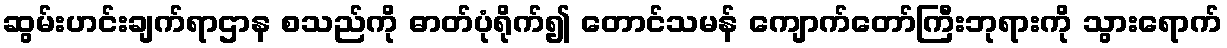
ဆွမ်းဟင်းချက်ရာဌာန စသည်ကို ဓာတ်ပုံရိုက်၍ တောင်သမန် ကျောက်တော်ကြီးဘုရားကို သွားရောက်